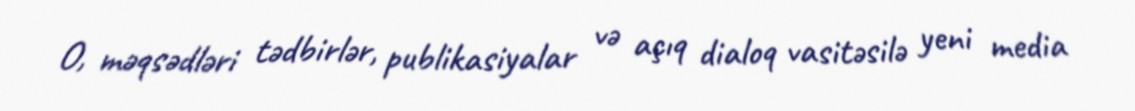
O, məqsədləri tədbirlər, publikasiyalar və açıq dialoq vasitəsilə yeni media